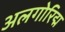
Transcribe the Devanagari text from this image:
अलगोरिद्म